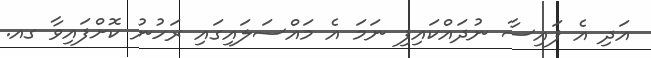
އަދި އެ ފައިސާ ނުދައްކައިފި ނަމަ އެ މައްސަލައިގައި ރަހުނު ކޮށްފައިވާ ގއ.